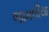
જામલીયા